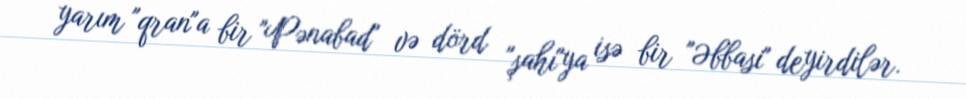
yarım "qran"a bir "Pənabad" və dörd "şahı"ya isə bir "Əbbasi" deyirdilər.